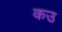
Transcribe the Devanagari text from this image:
कउ